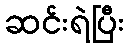
ဆင်းရဲပြီး